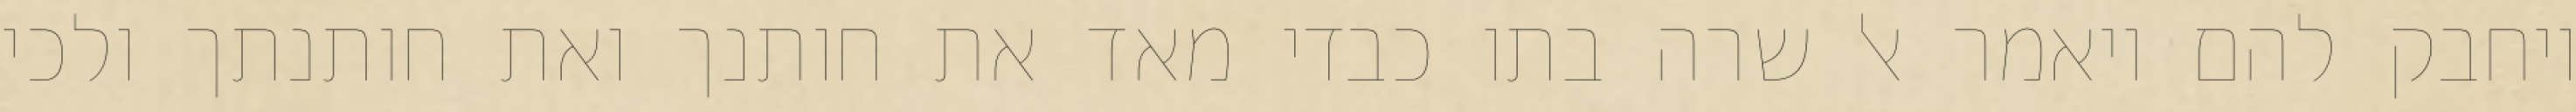
ויחבק להם ויאמר אל שרה בתו כבדי מאד את חותנך ואת חותנתך ולכי